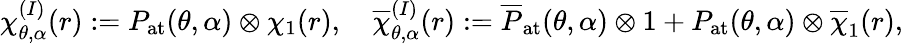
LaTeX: \begin{array}{r}{\chi_{\theta,\alpha}^{(I)}(r):=P_{\mathrm{at}}(\theta,\alpha)\otimes\chi_{1}(r),\quad\overline{{\chi}}_{\theta,\alpha}^{(I)}(r):=\overline{{P}}_{\mathrm{at}}(\theta,\alpha)\otimes 1+P_{\mathrm{at}}(\theta,\alpha)\otimes\overline{{\chi}}_{1}(r),}\end{array}